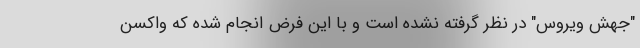
"جهش ویروس" در نظر گرفته نشده است و با این فرض انجام شده که واکسن